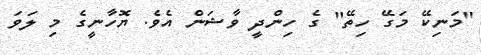
"މަނިކޭ މަގޭ ހިތޭ" ގެ ހިންދީ ވާޝަން އެވެ. ޔޮހާނީގެ މި ލަވަ